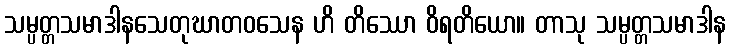
သမ္ပတ္တသမာဒါနသေတုဃာတဝသေန ဟိ တိဿော ဝိရတိယော။ တာသု သမ္ပတ္တသမာဒါန